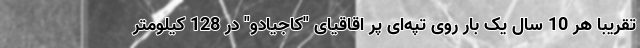
تقریبا هر 10 سال یک بار روی تپه‌ای پر اقاقیای "کاجیادو" در 128 کیلومتر